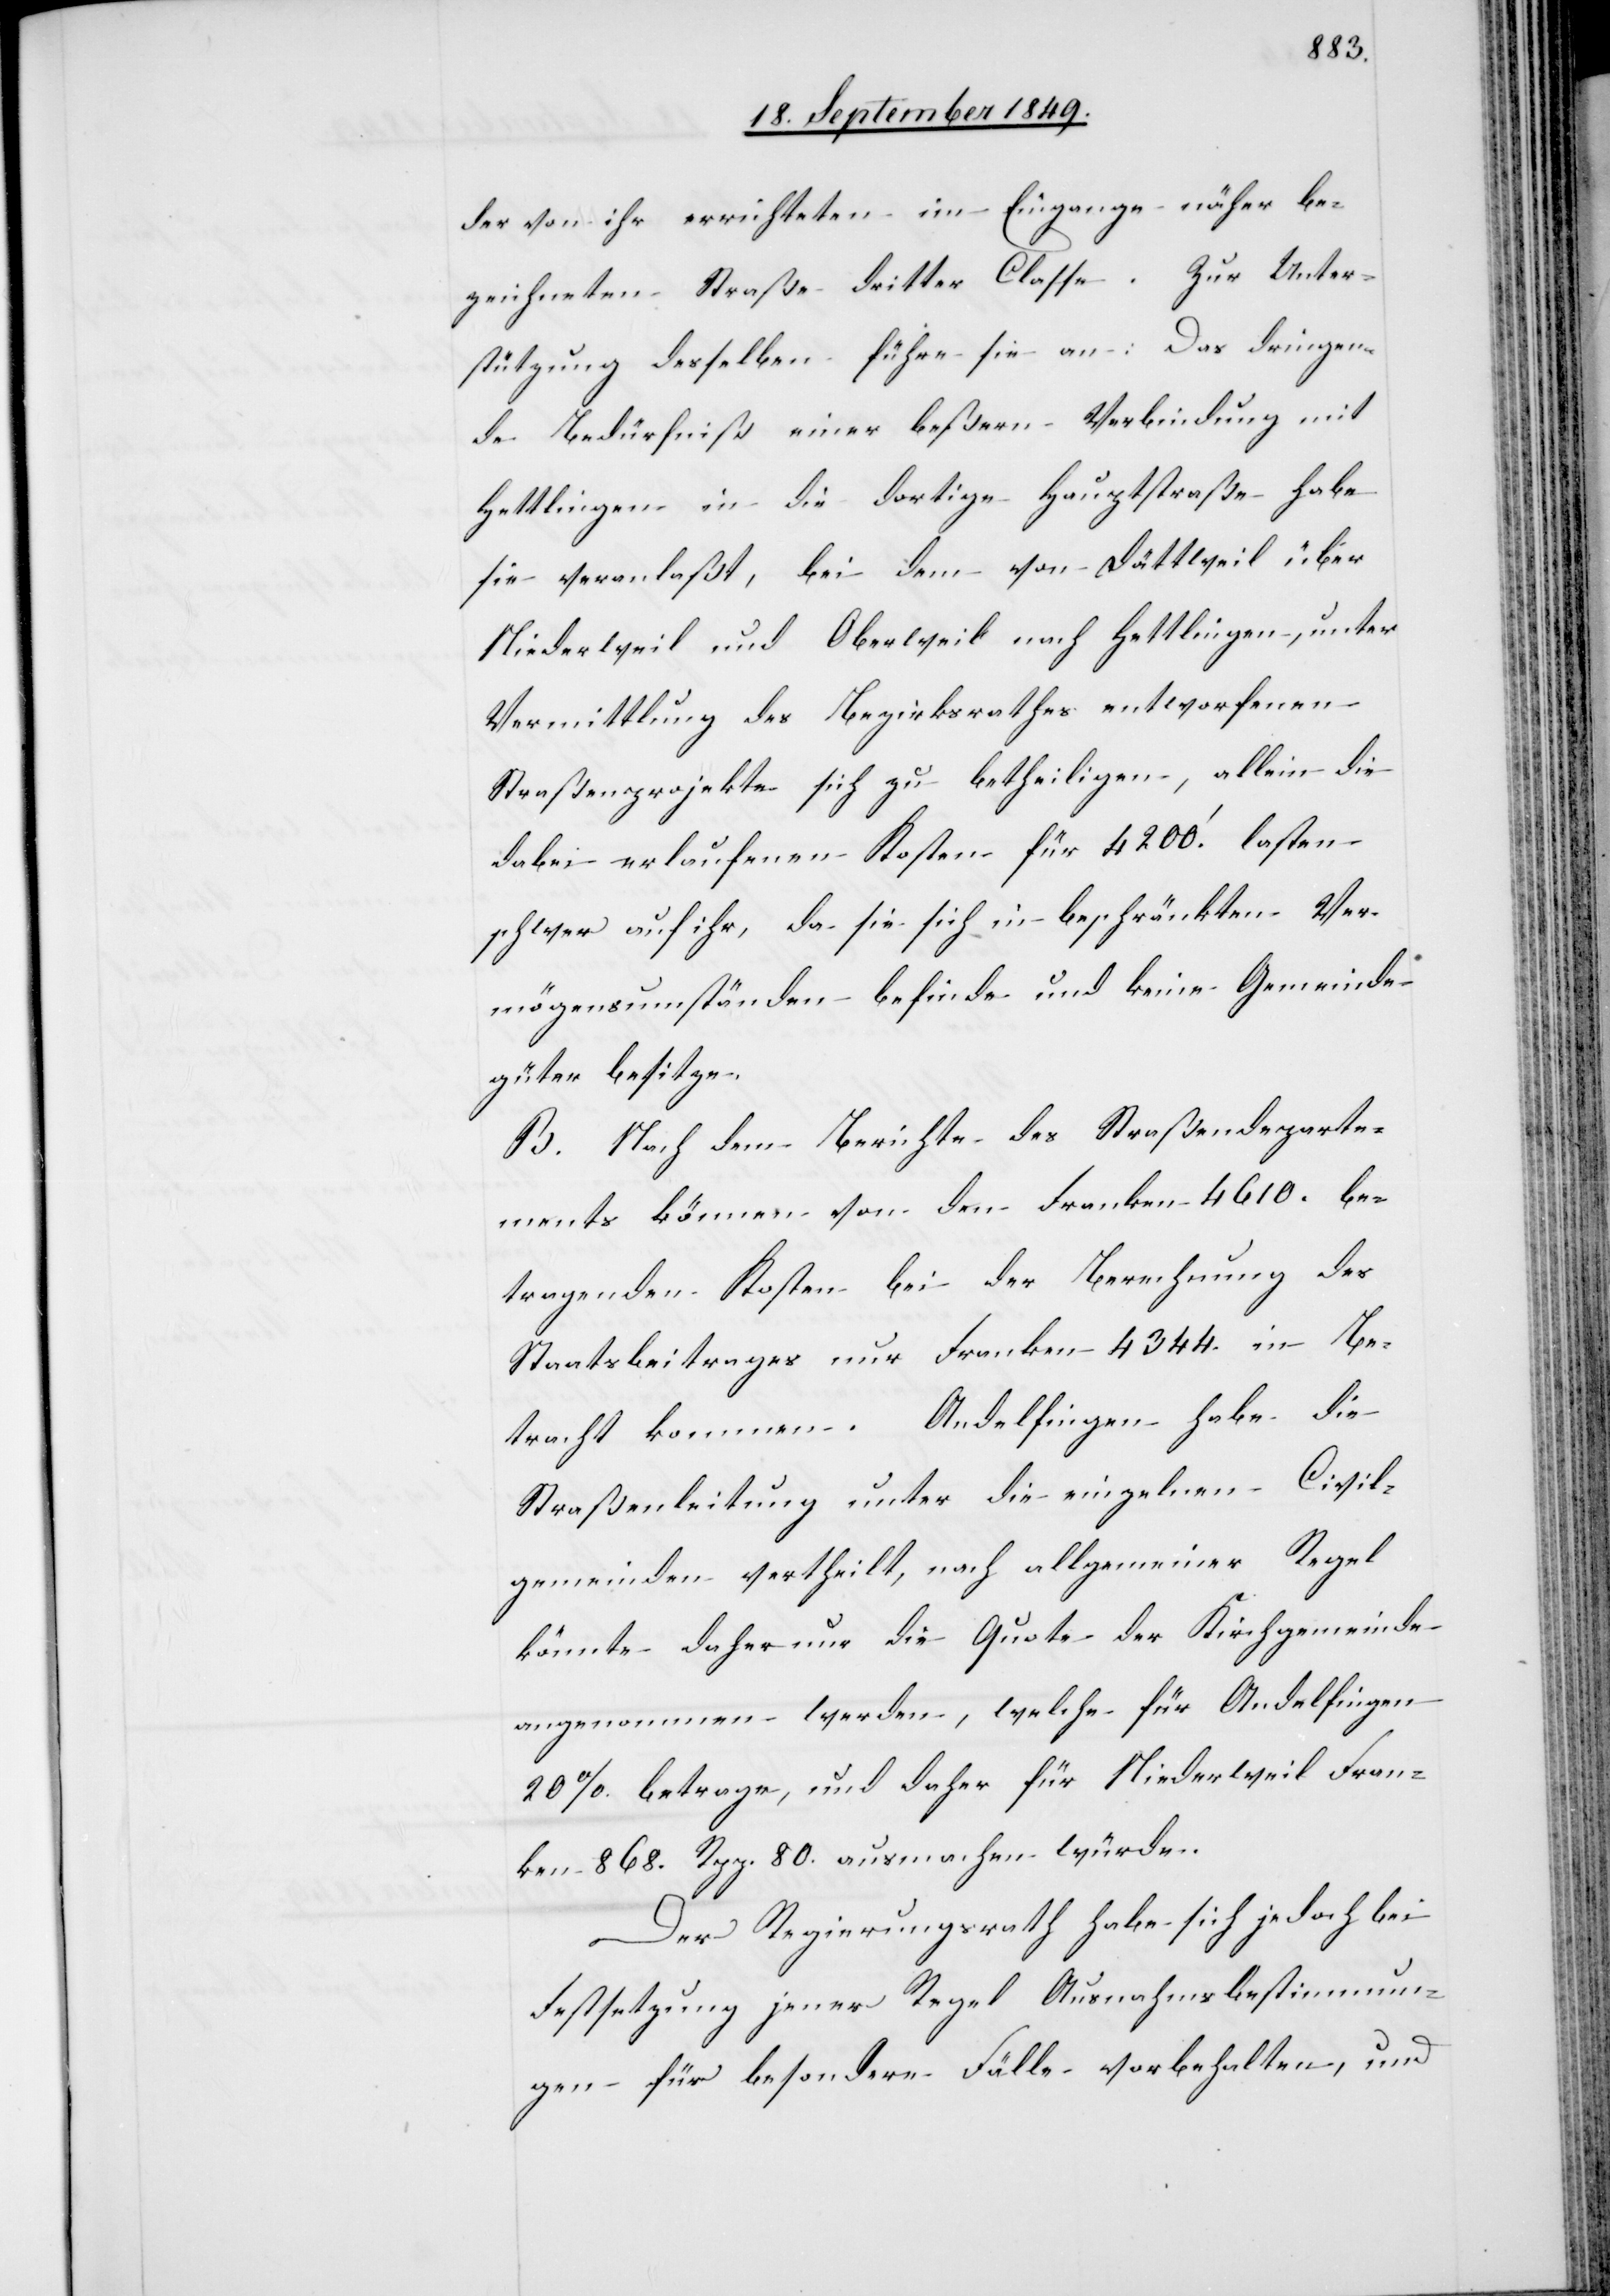
der von ihr errichteten im Eingange näher be¬
zeichneten Straße dritter Classe. Zur Unter¬
stützung desselben führe sie an: Das dringen¬
de Bedürfniß einer beßern Verbindung mit
Hettlingen in die dortige Hauptstraße habe
sie veranlaßt, bei dem von Dättweil über
Niederweil und Oberweil nach Hettlingen, unter
Vermittlung des Bezirksrathes entworfenen
Straßenprojekte sich zu betheiligen, allein die
dabei erlaufenen Kosten für 4 200‘ lasten
schwer auf ihr, da sie sich in beschränkten Ver¬
mögensumständen befinde und keine Gemeinde¬
güter besitze.
B. Nach dem Berichte des Straßendeparte¬
ments können von dem Franken 4 610. be¬
tragenden Kosten bei der Berechnung des
Staatsbeitrages nur Franken 4 344. in Be¬
tracht kommen. Andelfingen habe die
Straßenleitung unter die einzelnen Civil¬
gemeinden vertheilt, nach allgemeiner Regel
könnte daher nur die Quote der Kirchgemeinde
angenommen werden, welche für Andelfingen
20% betrage, und daher für Niederweil Fran¬
ken 868. Rpp. 80. ausmachen würde.
Der Regierungsrath habe sich jedoch bei
Festsetzung jener Regel Ausnahmsbestimmun¬
gen für besondere Fälle vorbehalten, und